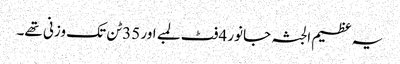
یہ عظیم الجثہ جانور 4فٹ لمبے اور 35ٹن تک وزنی تھے۔